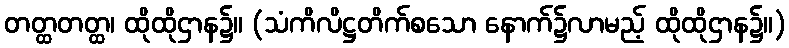
တတ္ထတတ္ထ၊ ထိုထိုဌာန၌။ (သံကိလိဋ္ဌတိက်စသော နောက်၌လာမည့် ထိုထိုဌာန၌။)